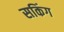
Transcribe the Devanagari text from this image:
सकिंग